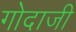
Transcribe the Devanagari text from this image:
गोदाजी